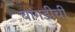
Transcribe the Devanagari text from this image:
बांगडीची